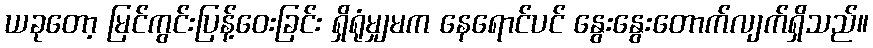
ယခုတော့ မြင်ကွင်းပြန့်ဝေးခြင်း ရှိရုံမျှမက နေရောင်ပင် နွေးနွေးတောက်လျက်ရှိသည်။